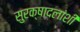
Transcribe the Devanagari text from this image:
सुरक्षादलांशी